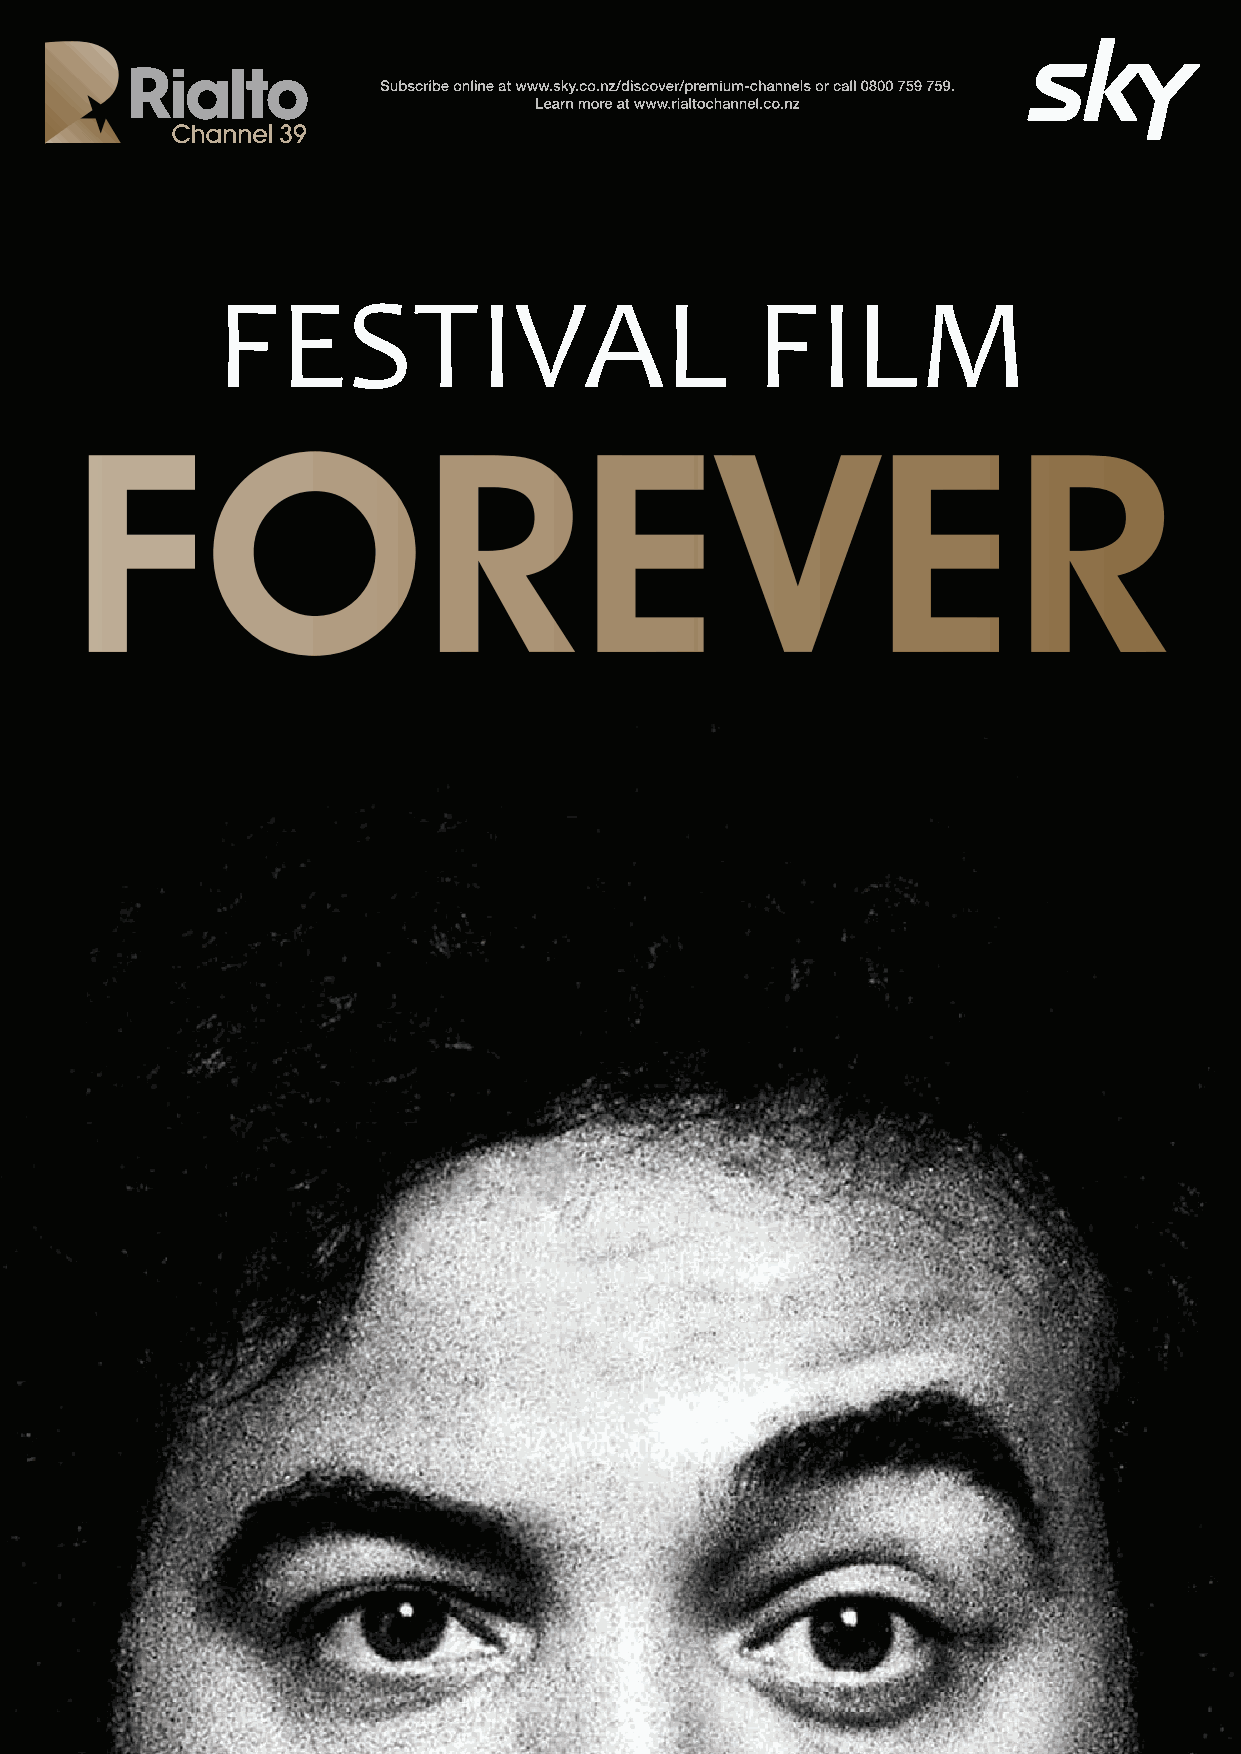
WORLD                                                                   60